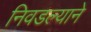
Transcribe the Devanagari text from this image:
निवडल्याने